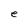
Character: e